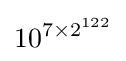
10^{7\times 2^{122}}